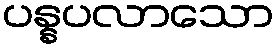
ပန္နပလာသော